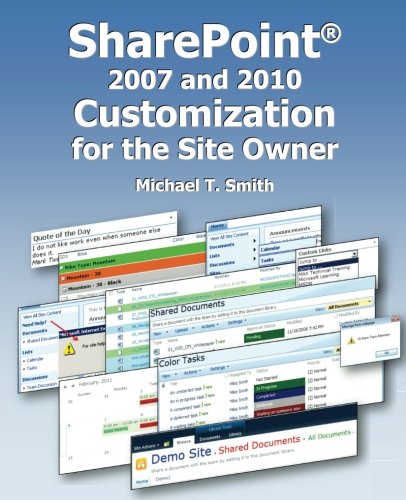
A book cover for SharePoint 2007 and 2010 Customization for the Site Owner; Michael T Smith; Computers & Technology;